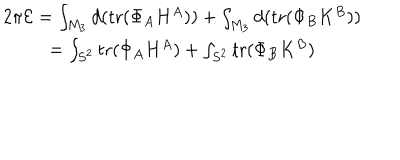
LaTeX: \begin{array} { c } { { 2 \pi { \cal E } = \int _ { M _ { 3 } } d ( \mathrm { t r } ( \Phi _ { A } H ^ { A } ) ) + \int _ { M _ { 3 } } d ( \mathrm { t r } ( \Phi _ { B } K ^ { B } ) ) } } \\ { { = \int _ { S ^ { 2 } } \mathrm { t r } ( \Phi _ { A } H ^ { A } ) + \int _ { S ^ { 2 } } \mathrm { t r } ( \Phi _ { B } K ^ { B } ) } } \\ \end{array}